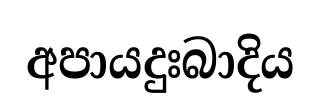
අපායදුඃබාදිය